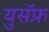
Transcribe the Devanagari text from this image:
युसॅफ़